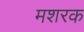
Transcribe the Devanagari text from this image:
मशरक